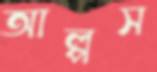
আল্পস